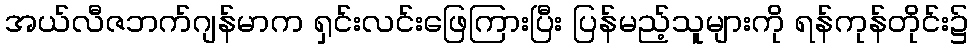
အယ်လီဇဘက်ဂျန်မာက ရှင်းလင်းဖြေကြားပြီး ပြန်မည့်သူများကို ရန်ကုန်တိုင်း၌